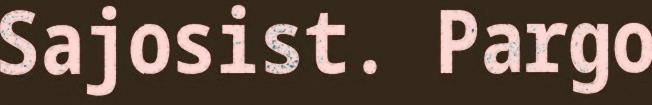
Sajosist. Pargo